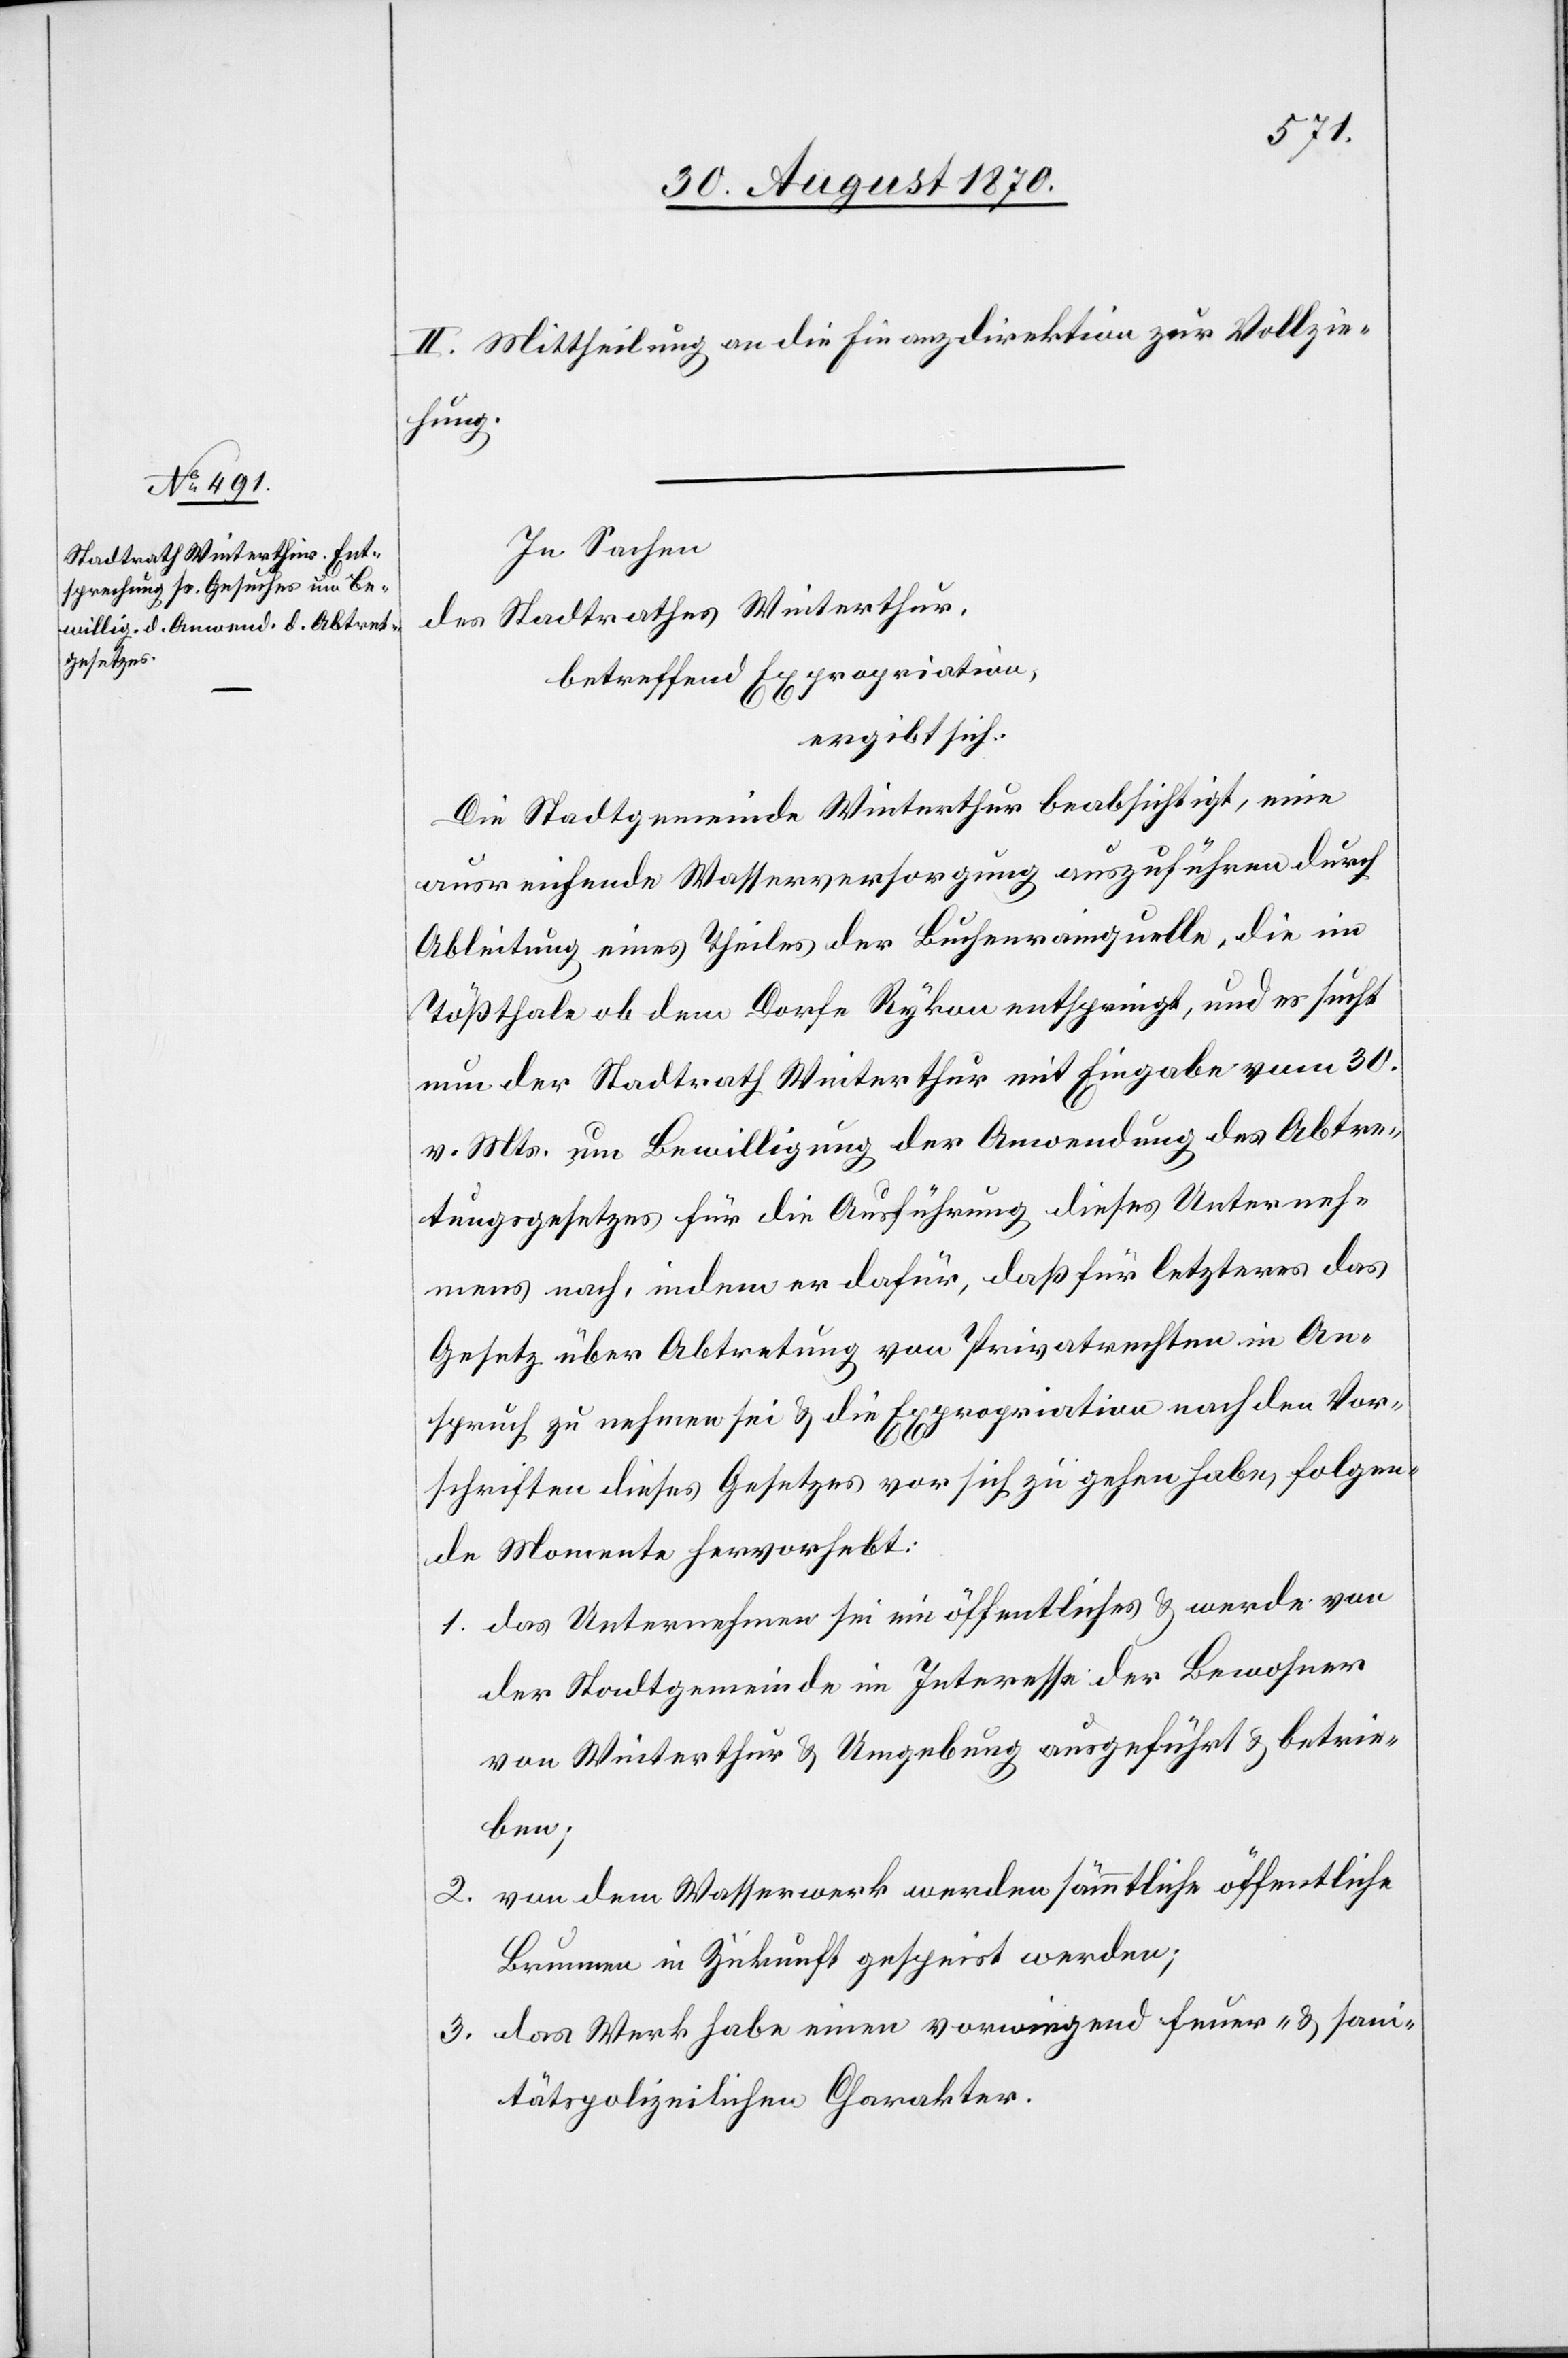
II. Mittheilung an die Finanzdirektion zur Vollzie¬
hung.
In Sachen
des Stadtrathes Winterthur,
betreffend Expropriation,
ergibt sich:
Die Stadtgemeinde Winterthur beabsichtigt, eine
ausreichende Wasserversorgung auszuführen durch
Ableitung eines Theiles der Buchenrainquelle, die im
Tößthale ob dem Dorfe Rykon entspringt, und es sucht
nun der Stadtrath Winterthur mit Eingabe vom 30.
v. Mts. um Bewilligung der Anwendung des Abtre¬
tungsgesetzes für die Ausführung dieses Unterneh¬
mens nach, indem er dafür, daß für letzteres das
Gesetz über Abtretung von Privatrechten in An¬
spruch zu nehmen sei & die Expropriation nach den Vor¬
schriften dieses Gesetzes vor sich zu gehen habe, folgen¬
de Momente hervorhebt:
1. das Unternehmen sei ein öffentliches & werde von
der Stadtgemeinde im Interesse der Bewohner
von Winterthur & Umgebung ausgeführt & betrie¬
ben;
von dem Wasserwerk werden sämmtliche öffentliche
2.
Brunnen in Zukunft gespeist werden;
3. das Werk habe einen vorwiegend feuer- & san¬
itätspolizeilichen Charakter.